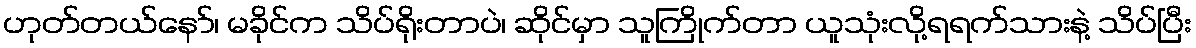
ဟုတ်တယ်နော်၊ မခိုင်က သိပ်ရိုးတာပဲ၊ ဆိုင်မှာ သူကြိုက်တာ ယူသုံးလို့ရရက်သားနဲ့ သိပ်ပြီး